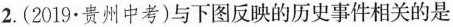
2.(2019.贵州中考)与下图反映的历史事件相关的是